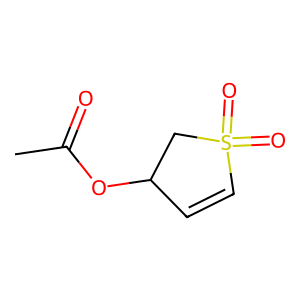
SMILES: CC(=O)OC1C=CS(=O)(=O)C1
Inhibits HIV replication: No